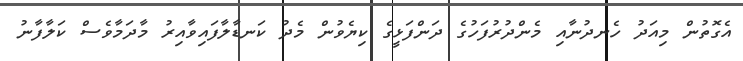
އެގޮތުން މިއަދު ހެނދުނާއި މެންދުރުފަހުގެ ދަންފަޅީގެ ކިޔެވުން މެދު ކަނޑާލާފައިވާއިރު މާދަމާވެސް ކަލާފާނު